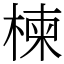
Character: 楝